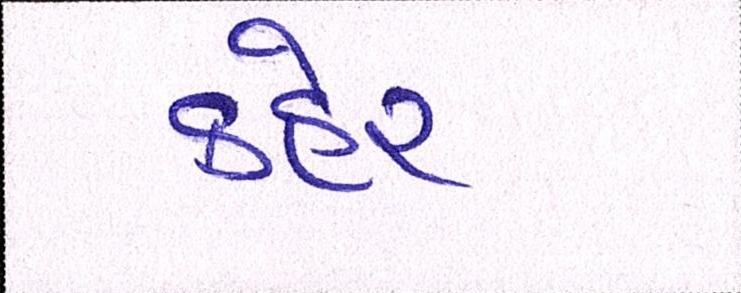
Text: કહેર